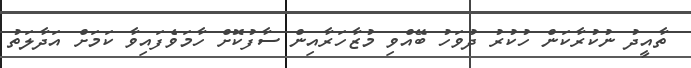
ތާއީދު ނުކުރާކަން ހުކުރު ދުވަހު ބޭއްވި މުޒާހަރާއިން ސާފުކޮށް ހާމަވެފައިވާ ކަމަށް އަދާލަތު